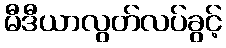
မီဒီယာလွတ်လပ်ခွင့်